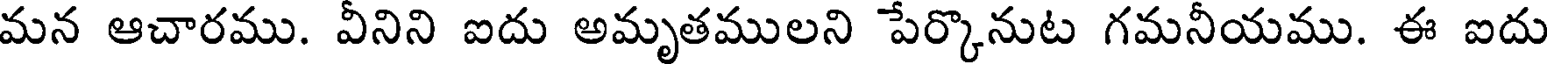
మన ఆచారము. వీనిని ఐదు అమృతములని పేర్కొనుట గమనీయము. ఈ ఐదు